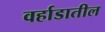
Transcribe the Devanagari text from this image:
वर्हाडातील